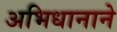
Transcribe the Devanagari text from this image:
अभिधानाने